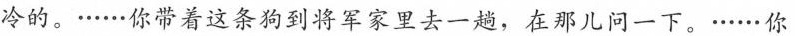
冷的。······你带着这条狗到将军家里去一趟，在那儿问一下。······你